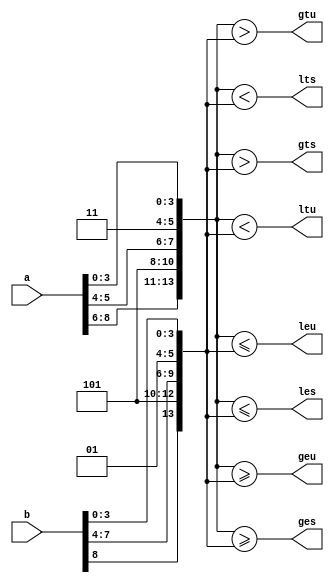
module top(input [8:0] a, b, output gtu, gts, ltu, lts, geu, ges, leu, les);
wire [13:0] c = {a[8:6], 3'b101, a[5:4], 2'b11, a[3:0]};
wire [13:0] d = {b[8], 3'b101, b[7:4], 2'b01, b[3:0]};
assign gtu = c > d;
assign gts = $signed(c) > $signed(d);
assign ltu = c < d;
assign lts = $signed(c) < $signed(d);
assign geu = c >= d;
assign ges = $signed(c) >= $signed(d);
assign leu = c <= d;
assign les = $signed(c) <= $signed(d);
endmodule